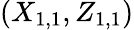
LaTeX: (X_{1,1},Z_{1,1})